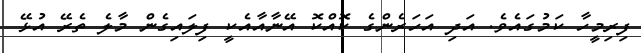
ފިރިމީހާ ކަމުގައެވެ. އަދި އަހަރެންގެ ކޮއްކޮ އޭނާއާއެކީ ފިލައިގެން މާލެ ތެރޭ އުޅޭ